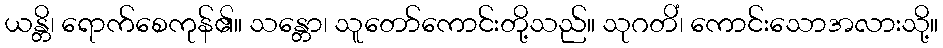
ယန္တိ၊ ရောက်စေကုန်၏။ သန္တော၊ သူတော်ကောင်းတို့သည်။ သုဂတိံ၊ ကောင်းသောအလားသို့။